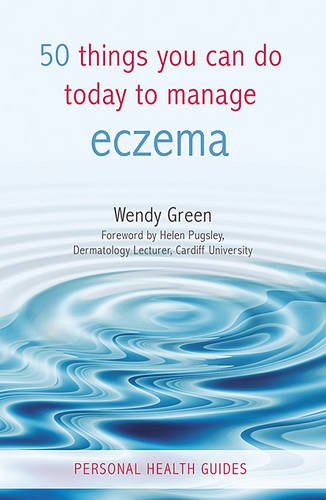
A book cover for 50 Things You Can Do Today to Manage Eczema (Personal Health Guides); Wendy Green; Health, Fitness & Dieting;